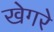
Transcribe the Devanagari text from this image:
खेगरे